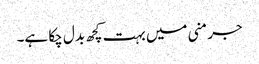
جرمنی میں بہت کچھ بدل چکا ہے۔